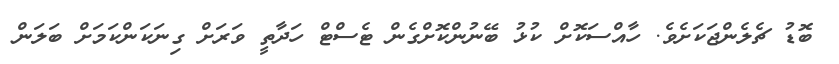
ބޮޑު ޗެލެންޖަކަށެވެ. ހާއްސަކޮށް ކުޅު ބޭނުންކޮށްގެން ޓެސްޓް ހަދާތީ ވަރަށް ގިނަކަންކަމަށް ބަލަން